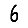
Digit: 6